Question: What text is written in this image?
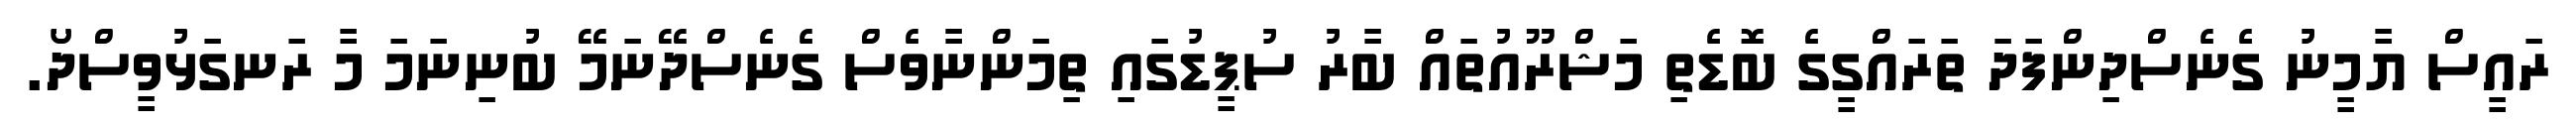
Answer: ރައީސް ޔާމީނު ގެނެސްދިންފަދަ ތަރައްގީގެ ބޮޑެތި މަޝްރޫއުތައް ބާރު ސުޕީޑުގައި ތިމަންނާވެސް ގެނެސްދޭނަމޭ ބުނިނަމަ މާ ރަނގަޅުވީސްދޯ.